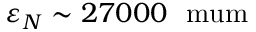
\varepsilon _ { N } \sim 2 7 0 0 0 \ \mathrm { \ m u m }